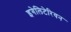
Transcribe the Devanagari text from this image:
इगेलिटेरियन